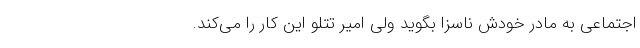
اجتماعی به مادر خودش ناسزا بگوید ولی امیر تتلو این کار را می‌کند.